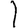
Digit: 1